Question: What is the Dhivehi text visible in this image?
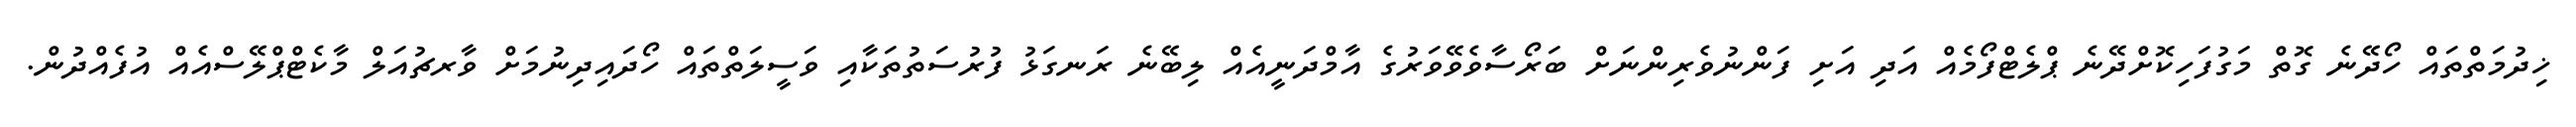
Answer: ޚިދުމަތްތައް ހޯދޭނެ ގޮތް މަގުފަހިކޮށްދޭނެ ޕްލެޓްފޯމެއް އަދި އަށި ފަންނުވެރިންނަށް ބަރޯސާވެވޭވަރުގެ އާމްދަނީއެއް ލިބޭނެ ރަނގަޅު ފުރުސަތުތަކާއި ވަސީލަތްތައް ހޯދައިދިނުމަށް ވާރޗުއަލް މާކެޓްޕްލޭސްއެއް އުފެއްދުން.